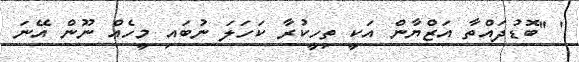
' ''ބޮޑުދައްތާ އަޒްޔާން އަކީ ތިހީކުރާ ކަހަލަ ނުބައި މީހެއް ނޫން އޭނަ